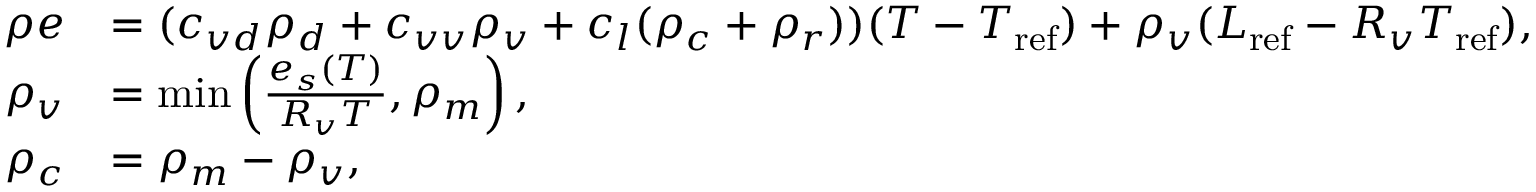
\begin{array} { r l } { \rho e } & { = ( c _ { v d } \rho _ { d } + c _ { v v } \rho _ { v } + c _ { l } ( \rho _ { c } + \rho _ { r } ) ) ( T - T _ { \mathrm { r e f } } ) + \rho _ { v } ( L _ { \mathrm { r e f } } - R _ { v } T _ { \mathrm { r e f } } ) , } \\ { \rho _ { v } } & { = \operatorname* { m i n } \left( \frac { e _ { s } ( T ) } { R _ { v } T } , \rho _ { m } \right) , } \\ { \rho _ { c } } & { = \rho _ { m } - \rho _ { v } , } \end{array}